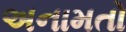
અનામતો